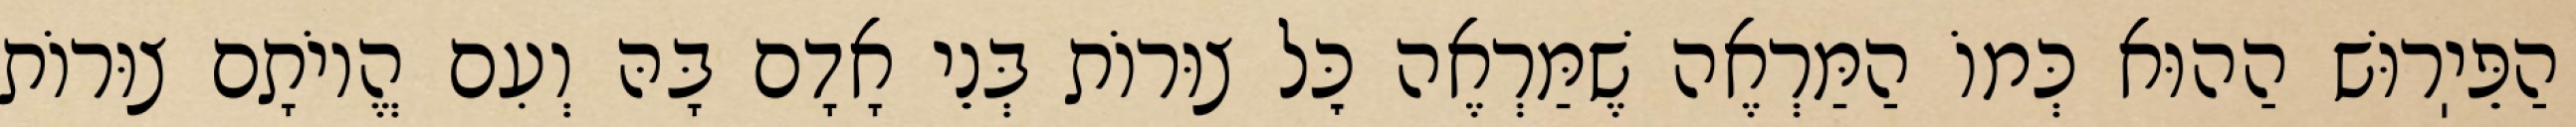
הַפֵּיֽרוּשׁ הַהוּא כְּמוֹ הַמַּרְאֶה שֶׁמַּרְאֶה כׇּל צוּרוֹת בְּנֵי אָדָם בָּהּ וְעִם הֱיוֹתָם צוּרוֹת